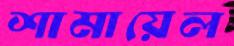
শামায়েল